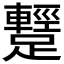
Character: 𨆪